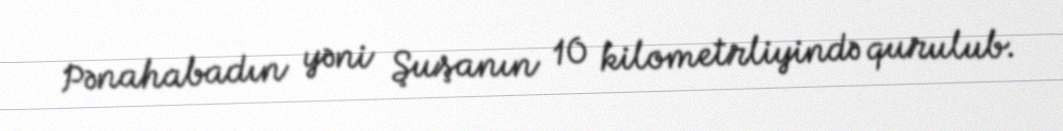
Pənahabadın yəni Şuşanın 10 kilometrliyində qurulub.